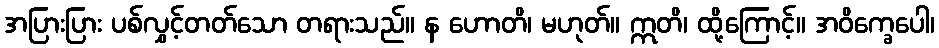
အပြားပြား ပစ်လွှင့်တတ်သော တရားသည်။ န ဟောတိ၊ မဟုတ်။ ဣတိ၊ ထို့ကြောင့်။ အဝိက္ခေပေါ၊